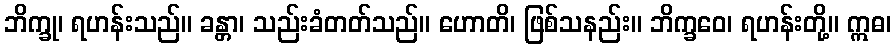
ဘိက္ခု၊ ရဟန်းသည်။ ခန္တာ၊ သည်းခံတတ်သည်။ ဟောတိ၊ ဖြစ်သနည်း။ ဘိက္ခဝေ၊ ရဟန်းတို့။ ဣဓ၊